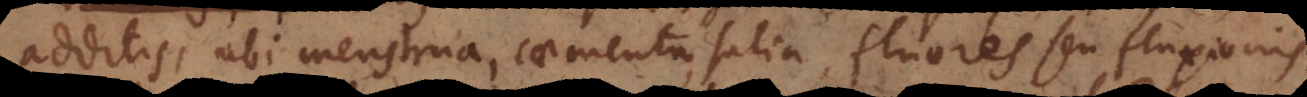
additis, ubi menstrua, caementa, salia, fluores seu fluxionis